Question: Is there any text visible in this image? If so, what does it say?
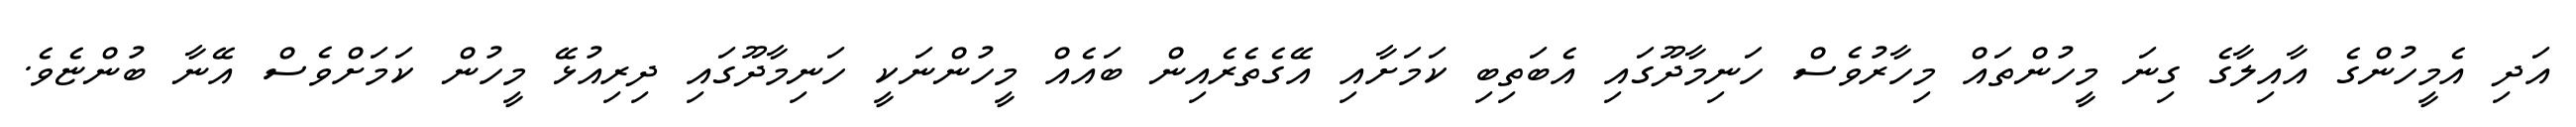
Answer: އަދި އެމީހުންގެ އާއިލާގެ ގިނަ މީހުންތައް މިހާރުވެސް ހަނިމާދޫގައި އެބަތިބި ކަމަށާއި އޭގެތެރެއިން ބައެއް މީހުންނަކީ ހަނިމާދޫގައި ދިރިއުޅޭ މީހުން ކަމަށްވެސް އޭނާ ބުންޏެވެ.